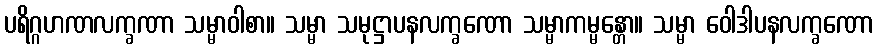
ပရိဂ္ဂဟဏလက္ခဏာ သမ္မာဝါစာ။ သမ္မာ သမုဋ္ဌာပနလက္ခဏော သမ္မာကမ္မန္တော။ သမ္မာ ဝေါဒါပနလက္ခဏော